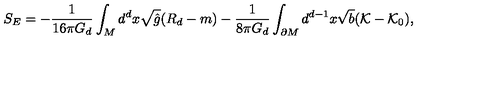
S _ { E } = - \frac { 1 } { 1 6 \pi G _ { d } } \int _ { M } d ^ { d } x \sqrt { \hat { g } } ( R _ { d } - m ) - \frac { 1 } { 8 \pi G _ { d } } \int _ { \partial M } d ^ { d - 1 } x \sqrt { b } ( { \cal { K } } - { \cal { K } } _ { 0 } ) ,